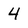
Character: 4